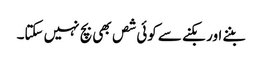
بننے اور بکنے سے کوئی شص بھی بچ نہیں سکتا۔